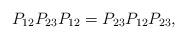
LaTeX: \begin{align*}P_{12} P_{23} P_{12} = P_{23} P_{12} P_{23}, \end{align*}